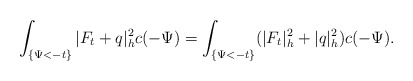
\begin{align*}\int_{\{\Psi<-t\}}|F_t+q|^2_hc(-\Psi)=\int_{\{\Psi<-t\}}(|F_t|^2_h+|q|^2_h)c(-\Psi).\end{align*}